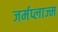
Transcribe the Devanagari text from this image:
जर्मप्लाज्म